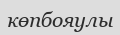
көпбояулы